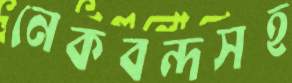
নেকবন্দসহ